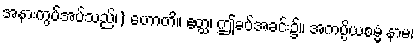
အနားကွပ်အပ်သည်၊) ဟောတိ။ ဧတ္ထ၊ ဤခပ်အခင်း၌။ အကပ္ပိယစမ္မံ နာမ၊